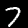
Label: 7